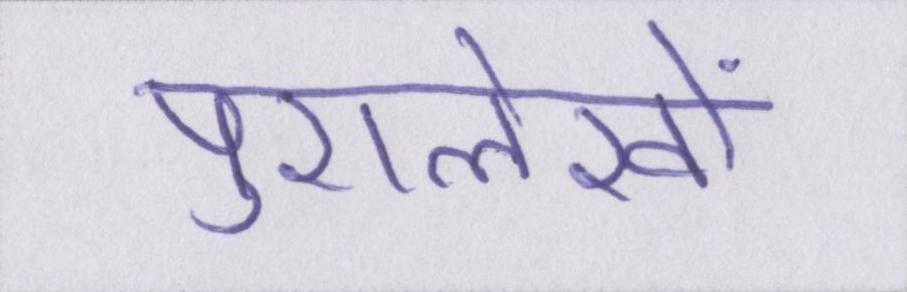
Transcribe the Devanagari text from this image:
पुरालेखों